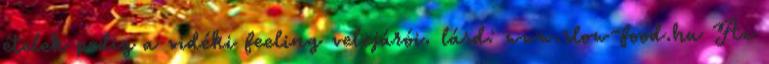
ételek pedig a vidéki feeling velejárói. lásd: www.slow-food.hu Az